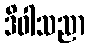
ဒိဝါသညာ